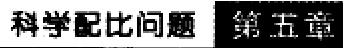
科学配比问题 第五章